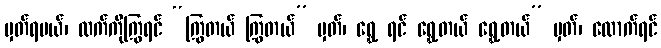
မှတ်ရမယ်၊ လက်ကိုကြွရင် “ကြွတယ် ကြွတယ်” မှတ်၊ ရွှေ့ ရင် ရွှေ့တယ် ရွှေ့တယ်” မှတ်၊ ထောက်ရင်